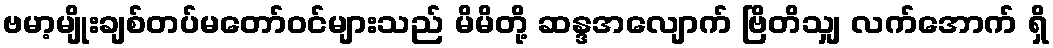
ဗမာ့မျိုးချစ်တပ်မတော်ဝင်များသည် မိမိတို့ ဆန္ဒအလျောက် ဗြိတိသျှ လက်အောက် ရှိ